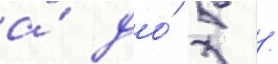
а́ до́ 5 /